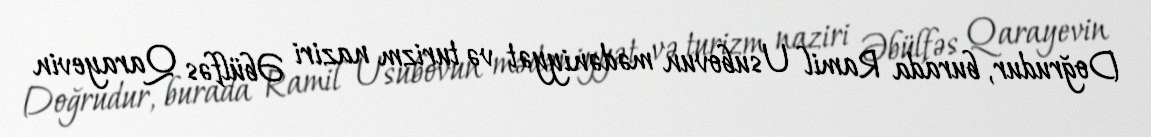
Doğrudur, burada Ramil Usubovun mədəniyyət və turizm naziri Əbülfəs Qarayevin